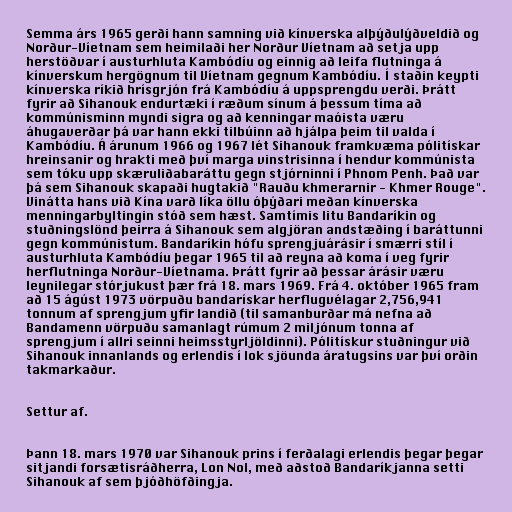
Semma árs 1965 gerði hann samning við kínverska alþýðulýðveldið og
Norður-Víetnam sem heimilaði her Norður Víetnam að setja upp
herstöðvar í austurhluta Kambódíu og einnig að leifa flutninga á
kínverskum hergögnum til Víetnam gegnum Kambódíu. Í staðin keypti
kínverska ríkið hrísgrjón frá Kambódíu á uppsprengdu verði. Þrátt
fyrir að Sihanouk endurtæki í ræðum sínum á þessum tíma að
kommúnisminn myndi sigra og að kenningar maóista væru
áhugaverðar þá var hann ekki tilbúinn að hjálpa þeim til valda í
Kambódíu. Á árunum 1966 og 1967 lét Sihanouk framkvæma pólitískar
hreinsanir og hrakti með því marga vinstrisinna í hendur kommúnista
sem tóku upp skæruliðabaráttu gegn stjórninni í Phnom Penh. Það var
þá sem Sihanouk skapaði hugtakið "Rauðu khmerarnir - Khmer Rouge".
Vinátta hans við Kína varð líka öllu óþýðari meðan kínverska
menningarbyltingin stóð sem hæst. Samtímis litu Bandaríkin og
stuðningslönd þeirra á Sihanouk sem algjöran andstæðing í baráttunni
gegn kommúnistum. Bandaríkin hófu sprengjuárásir í smærri stíl í
austurhluta Kambódíu þegar 1965 til að reyna að koma í veg fyrir
herflutninga Norður-Víetnama. Þrátt fyrir að þessar árásir væru
leynilegar stórjukust þær frá 18. mars 1969. Frá 4. október 1965 fram
að 15 ágúst 1973 vörpuðu bandarískar herflugvélagar 2,756,941
tonnum af sprengjum yfir landið (til samanburðar má nefna að
Bandamenn vörpuðu samanlagt rúmum 2 miljónum tonna af
sprengjum í allri seinni heimsstyrljöldinni). Pólitískur stuðningur við
Sihanouk innanlands og erlendis í lok sjöunda áratugsins var því orðin
takmarkaður.

Settur af.

Þann 18. mars 1970 var Sihanouk prins í ferðalagi erlendis þegar þegar
sitjandi forsætisráðherra, Lon Nol, með aðstoð Bandaríkjanna setti
Sihanouk af sem þjóðhöfðingja.